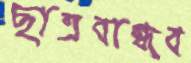
ছাত্রবান্ধব